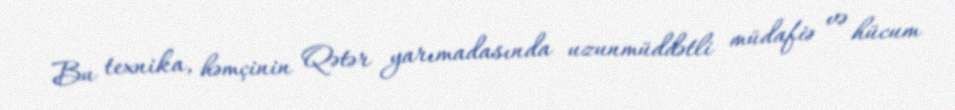
Bu texnika, həmçinin Qətər yarımadasında uzunmüddətli müdafiə və hücum